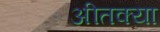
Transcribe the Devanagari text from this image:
अीतक्या